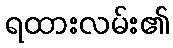
ရထားလမ်း၏